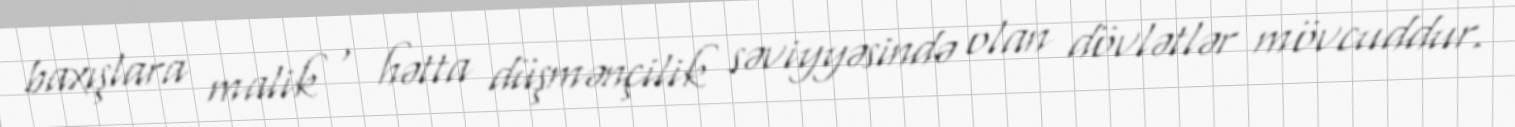
baxışlara malik , hətta düşmənçilik səviyyəsində olan dövlətlər mövcuddur.